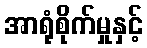
အာရုံစိုက်မှုနှင့်